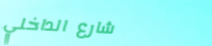
شارع الداخلي